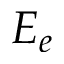
E _ { e }